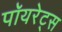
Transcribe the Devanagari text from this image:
पॉयरेट्स